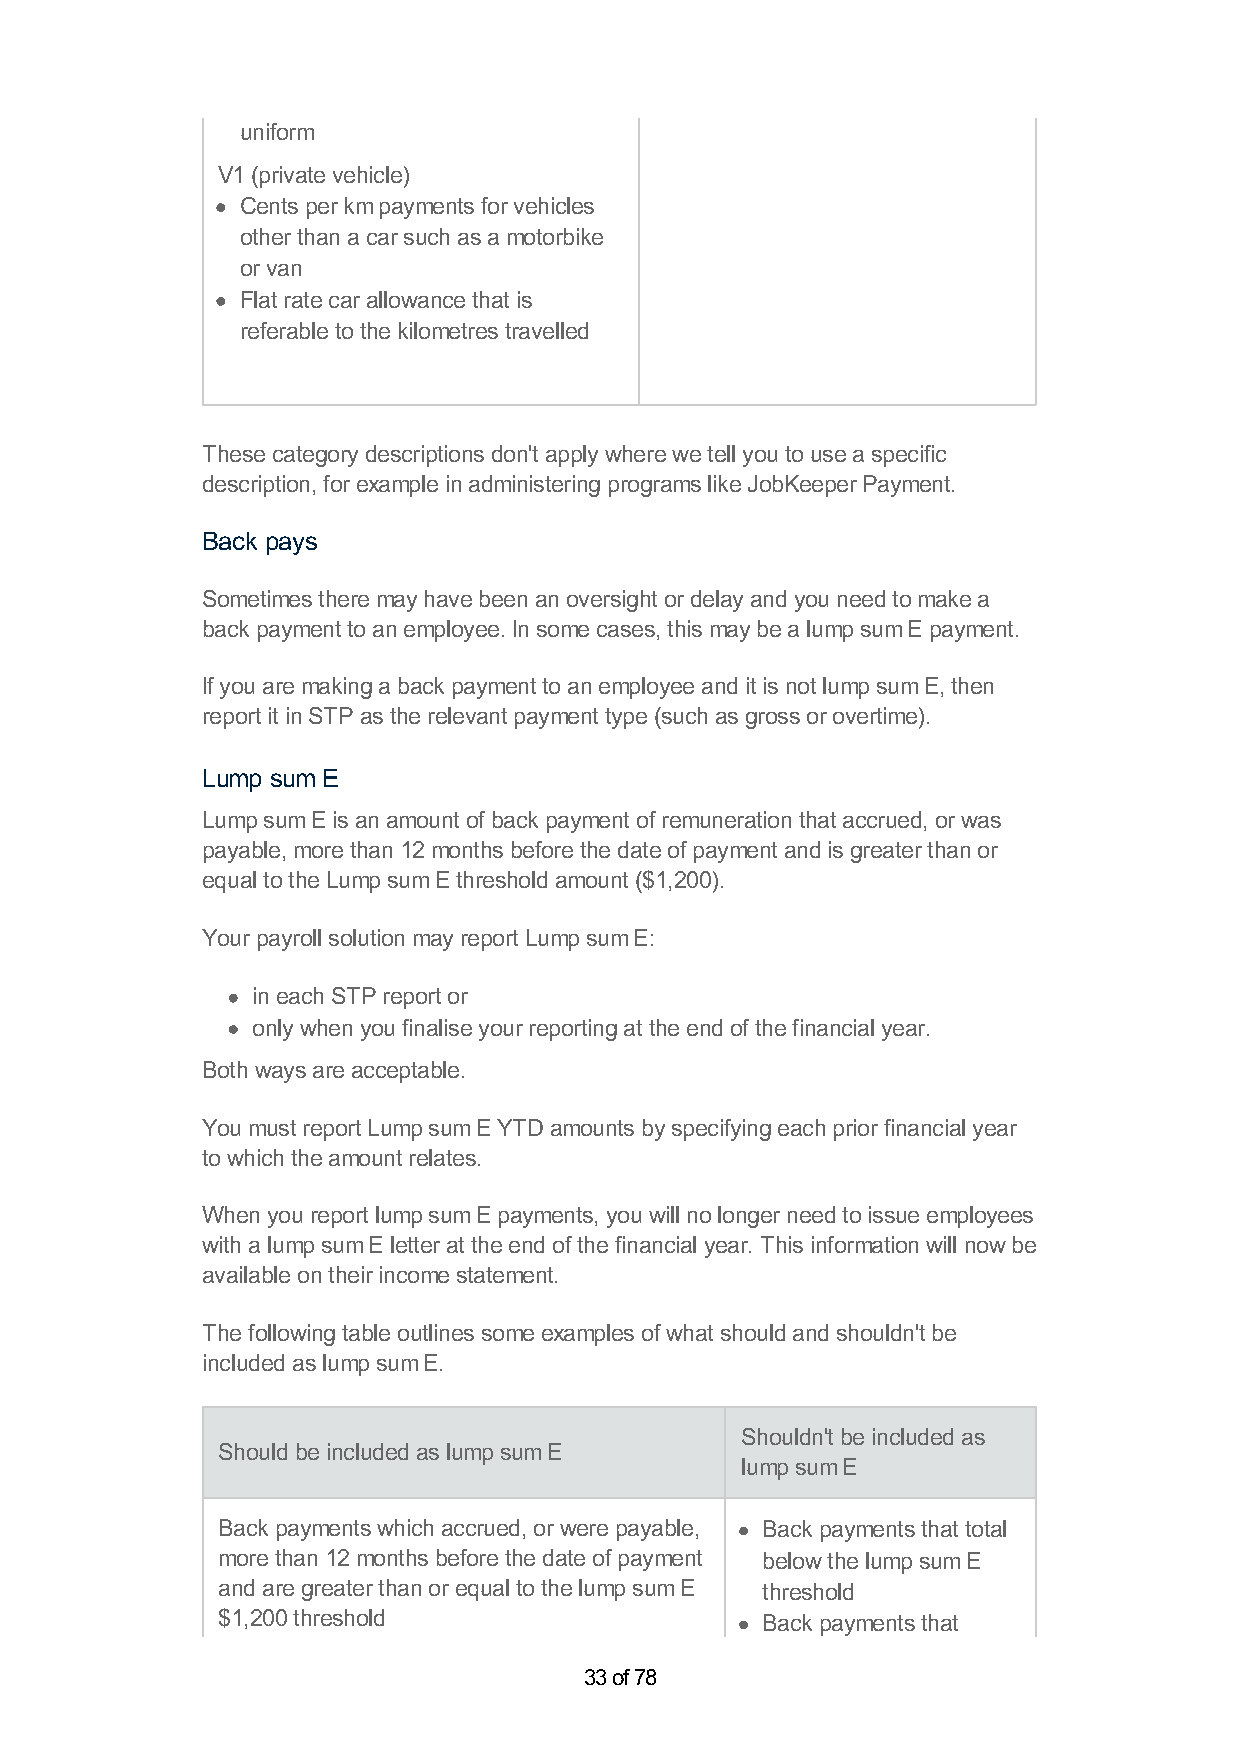
uniform
 V1 (private vehicle)
 Cents per km payments for vehicles
 other than a car such as a motorbike
 or van
 Flat rate car allowance that is
 referable to the kilometres travelled
 These category descriptions don't apply where we tell you to use a specific
 description, for example in administering programs like JobKeeper Payment.
 Back pays
 Sometimes there may have been an oversight or delay and you need to make a
 back payment to an employee. In some cases, this may be a lump sum E payment.
 If you are making a back payment to an employee and it is not lump sum E, then
 report it in STP as the relevant payment type (such as gross or overtime).
 Lump sum E
 Lump sum E is an amount of back payment of remuneration that accrued, or was
 payable, more than 12 months before the date of payment and is greater than or
 equal to the Lump sum E threshold amount ($1,200).
 Your payroll solution may report Lump sum E:
 in each STP report or
 only when you finalise your reporting at the end of the financial year.
 Both ways are acceptable.
 You must report Lump sum E YTD amounts by specifying each prior financial year
 to which the amount relates.
 When you report lump sum E payments, you will no longer need to issue employees
 with a lump sum E letter at the end of the financial year. This information will now be
 available on their income statement.
 The following table outlines some examples of what should and shouldn't be
 included as lump sum E.
 Shouldn't be included as
 Should be included as lump sum E
 lump sum E
 Back payments which accrued, or were payable, Back payments that total
 more than 12 months before the date of payment below the lump sum E
 and are greater than or equal to the lump sum E threshold
 $1,200 threshold                    Back payments that
 33 of 78